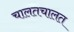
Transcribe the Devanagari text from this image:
चालतचालत